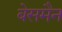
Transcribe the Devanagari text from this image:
बेसमैन